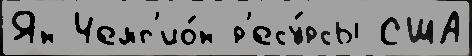
Ян Чемп'ио́н р'есу́рсы США